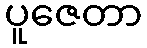
ပူဇေတာ